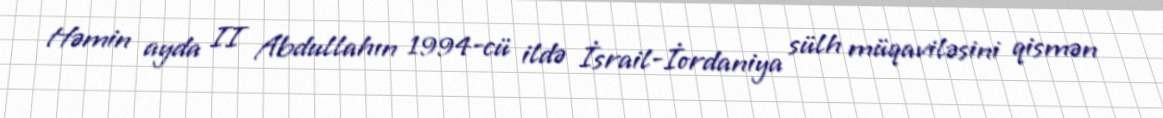
Həmin ayda II Abdullahın 1994-cü ildə İsrail-İordaniya sülh müqaviləsini qismən